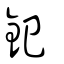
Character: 鈻